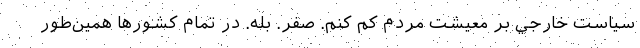
سياست خارجي بر معيشت مردم كم كنم. صفر. بله. در تمام كشورها همين‌طور